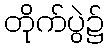
တိုက်ပွဲ၌